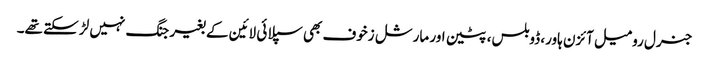
جنرل رومیل آئزن ہاور، ڈوبلس، پٹین اور مارشل زخوف بھی سپلائی لائین کے بغیر جنگ نہیں لڑ سکتے تھے۔